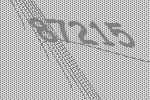
87215